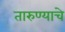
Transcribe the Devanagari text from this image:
तारुण्याचे